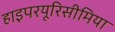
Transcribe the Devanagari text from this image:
हाइपरयूरिसीमिया